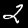
Digit: 2